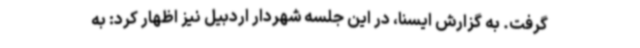
گرفت. به گزارش ایسنا، در این جلسه شهردار اردبیل نیز اظهار کرد: به